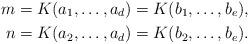
LaTeX: \begin{align*}m=K(a_1,\ldots,a_d)=K(b_1,\ldots,b_e),\\ n=K(a_2,\ldots,a_d)=K(b_2,\ldots,b_e).\end{align*}